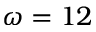
\omega = 1 2